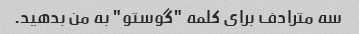
سه مترادف برای کلمه "گوستو" به من بدهید.